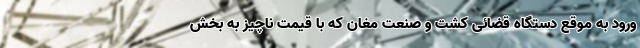
ورود به موقع دستگاه قضائی کشت و صنعت مغان که با قیمت ناچیز به بخش